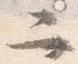
二